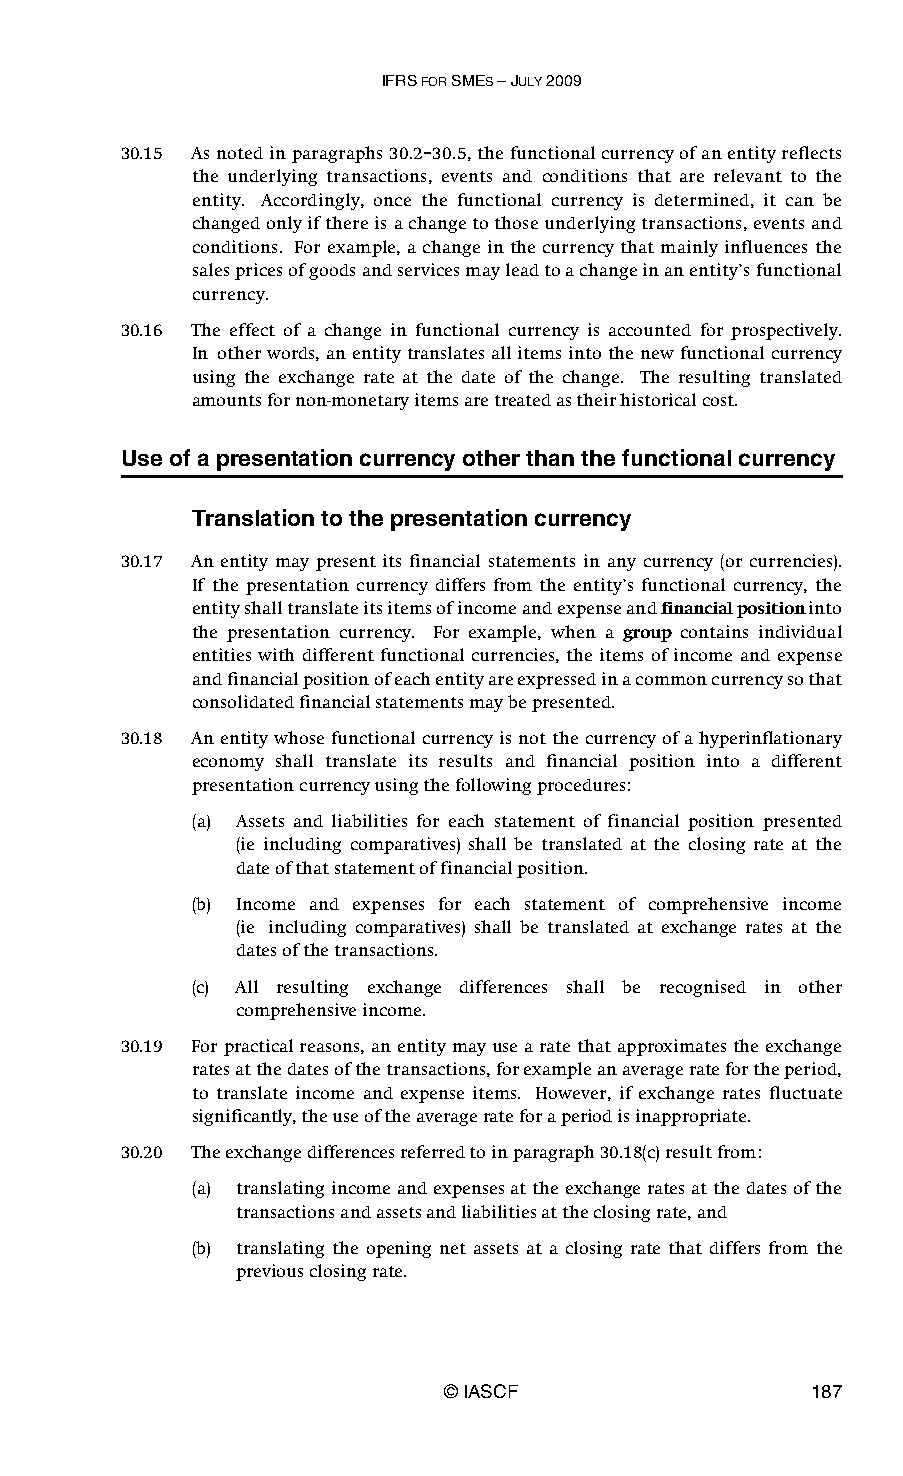
IFRS FOR SMES – JULY 2009
 30.15 As noted in paragraphs 30.2–30.5, the functional currency of an entity reflects
 the underlying transactions, events and conditions that are relevant to the
 entity. Accordingly, once the functional currency is determined, it can be
 changed only if there is a change to those underlying transactions, events and
 conditions. For example, a change in the currency that mainly influences the
 sales prices of goods and services may lead to a change in an entity’s functional
 currency.
 30.16 The effect of a change in functional currency is accounted for prospectively.
 In other words, an entity translates all items into the new functional currency
 using the exchange rate at the date of the change. The resulting translated
 amounts for non-monetary items are treated as their historical cost.
 Use of a presentation currency other than the functional currency
 Translation to the presentation currency
 30.17 An entity may present its financial statements in any currency (or currencies).
 If the presentation currency differs from the entity’s functional currency, the
 entity shall translate its items of income and expense and financial position into
 the presentation currency. For example, when a group contains individual
 entities with different functional currencies, the items of income and expense
 and financial position of each entity are expressed in a common currency so that
 consolidated financial statements may be presented.
 30.18 An entity whose functional currency is not the currency of a hyperinflationary
 economy shall translate its results and financial position into a different
 presentation currency using the following procedures:
 (a) Assets and liabilities for each statement of financial position presented
 (ie including comparatives) shall be translated at the closing rate at the
 date of that statement of financial position.
 (b) Income and expenses for each statement of comprehensive income
 (ie including comparatives) shall be translated at exchange rates at the
 dates of the transactions.
 (c) All resulting exchange differences shall be recognised in other
 comprehensive income.
 30.19 For practical reasons, an entity may use a rate that approximates the exchange
 rates at the dates of the transactions, for example an average rate for the period,
 to translate income and expense items. However, if exchange rates fluctuate
 significantly, the use of the average rate for a period is inappropriate.
 30.20 The exchange differences referred to in paragraph 30.18(c) result from:
 (a) translating income and expenses at the exchange rates at the dates of the
 transactions and assets and liabilities at the closing rate, and
 (b) translating the opening net assets at a closing rate that differs from the
 previous closing rate.
 © IASCF                 187